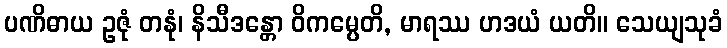
ပဏိဓာယ ဥဇုံ တနုံ၊ နိသီဒန္တော ဝိကမ္ပေတိ, မာရဿ ဟဒယံ ယတိ။ သေယျသုခံ